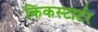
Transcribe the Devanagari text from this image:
किकस्टार्टर